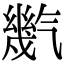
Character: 㡮